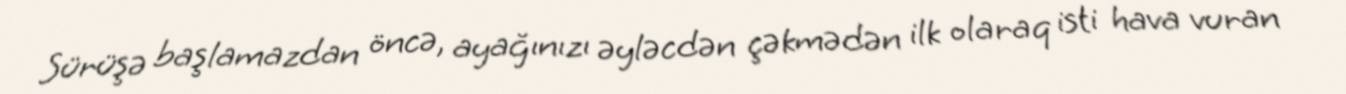
Sürüşə başlamazdan öncə, ayağınızı əyləcdən çəkmədən ilk olaraq isti hava vuran